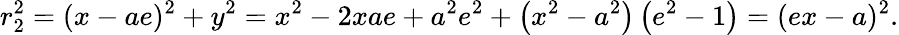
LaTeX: r_{2}^{2}=(x-ae)^{2}+y^{2}=x^{2}-2xae+a^{2}e^{2}+\left(x^{2}-a^{2}\right)\left(e^{2}-1\right)=(ex-a)^{2}.